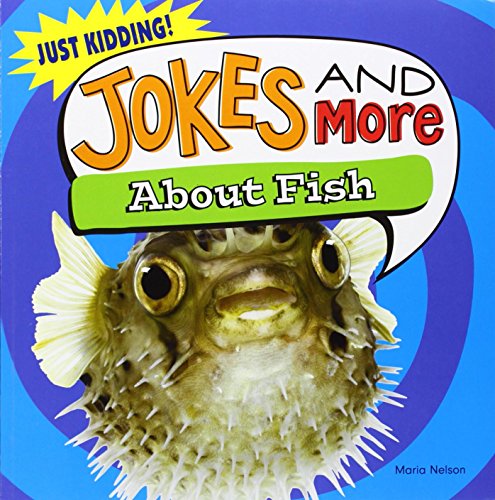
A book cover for Jokes and More About Fish (Just Kidding!); Maria Nelson; Humor & Entertainment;